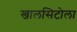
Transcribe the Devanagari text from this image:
खालसिटोला